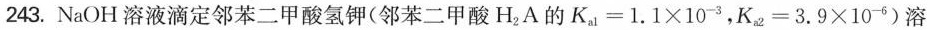
243.NaOH溶液滴定邻苯二甲酸氢钾(邻苯二甲酸H_{2}A的$$K _ { a 1 } = 1 . 1 \times 1 0 ^ { - 3 }$$，$$K _ { a 2 } = 3 . 9 \times 1 0 ^ { - 6 }$$)溶